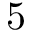
5